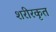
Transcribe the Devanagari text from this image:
शरीरकृत